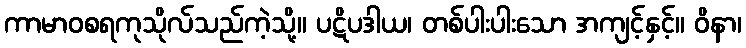
ကာမာဝစရကုသိုလ်သည်ကဲ့သို့။ ပဋိပဒါယ၊ တစ်ပါးပါးသော အကျင့်နှင့်။ ဝိနာ၊